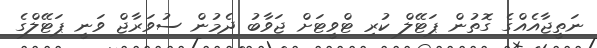
ނަތީޖާއެއްގެ ގޮތުން ޕަޓޭލް ކުރި ޓްވީޓަށް ޖަވާބު ދެމުން ސުވަރާޖް ވަނީ ޕަޓޭލްގެ